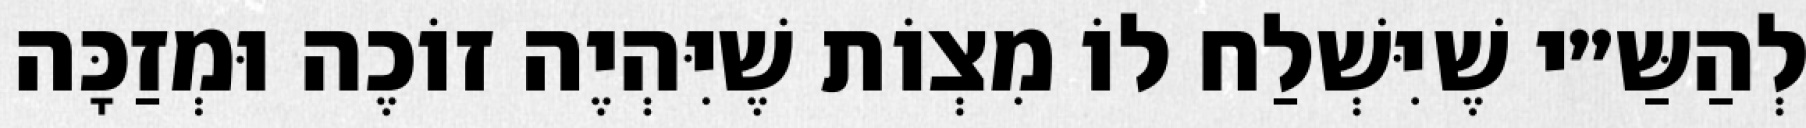
לְהַשַּ״י שֶׁיִּשְׁלַח לוֹ מִצְוֹת שֶׁיִּהְיֶה זוֹכֶה וּמְזַכָּה